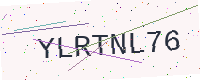
Text: YLRTNL76